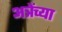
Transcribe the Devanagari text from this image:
अत्रेंच्या